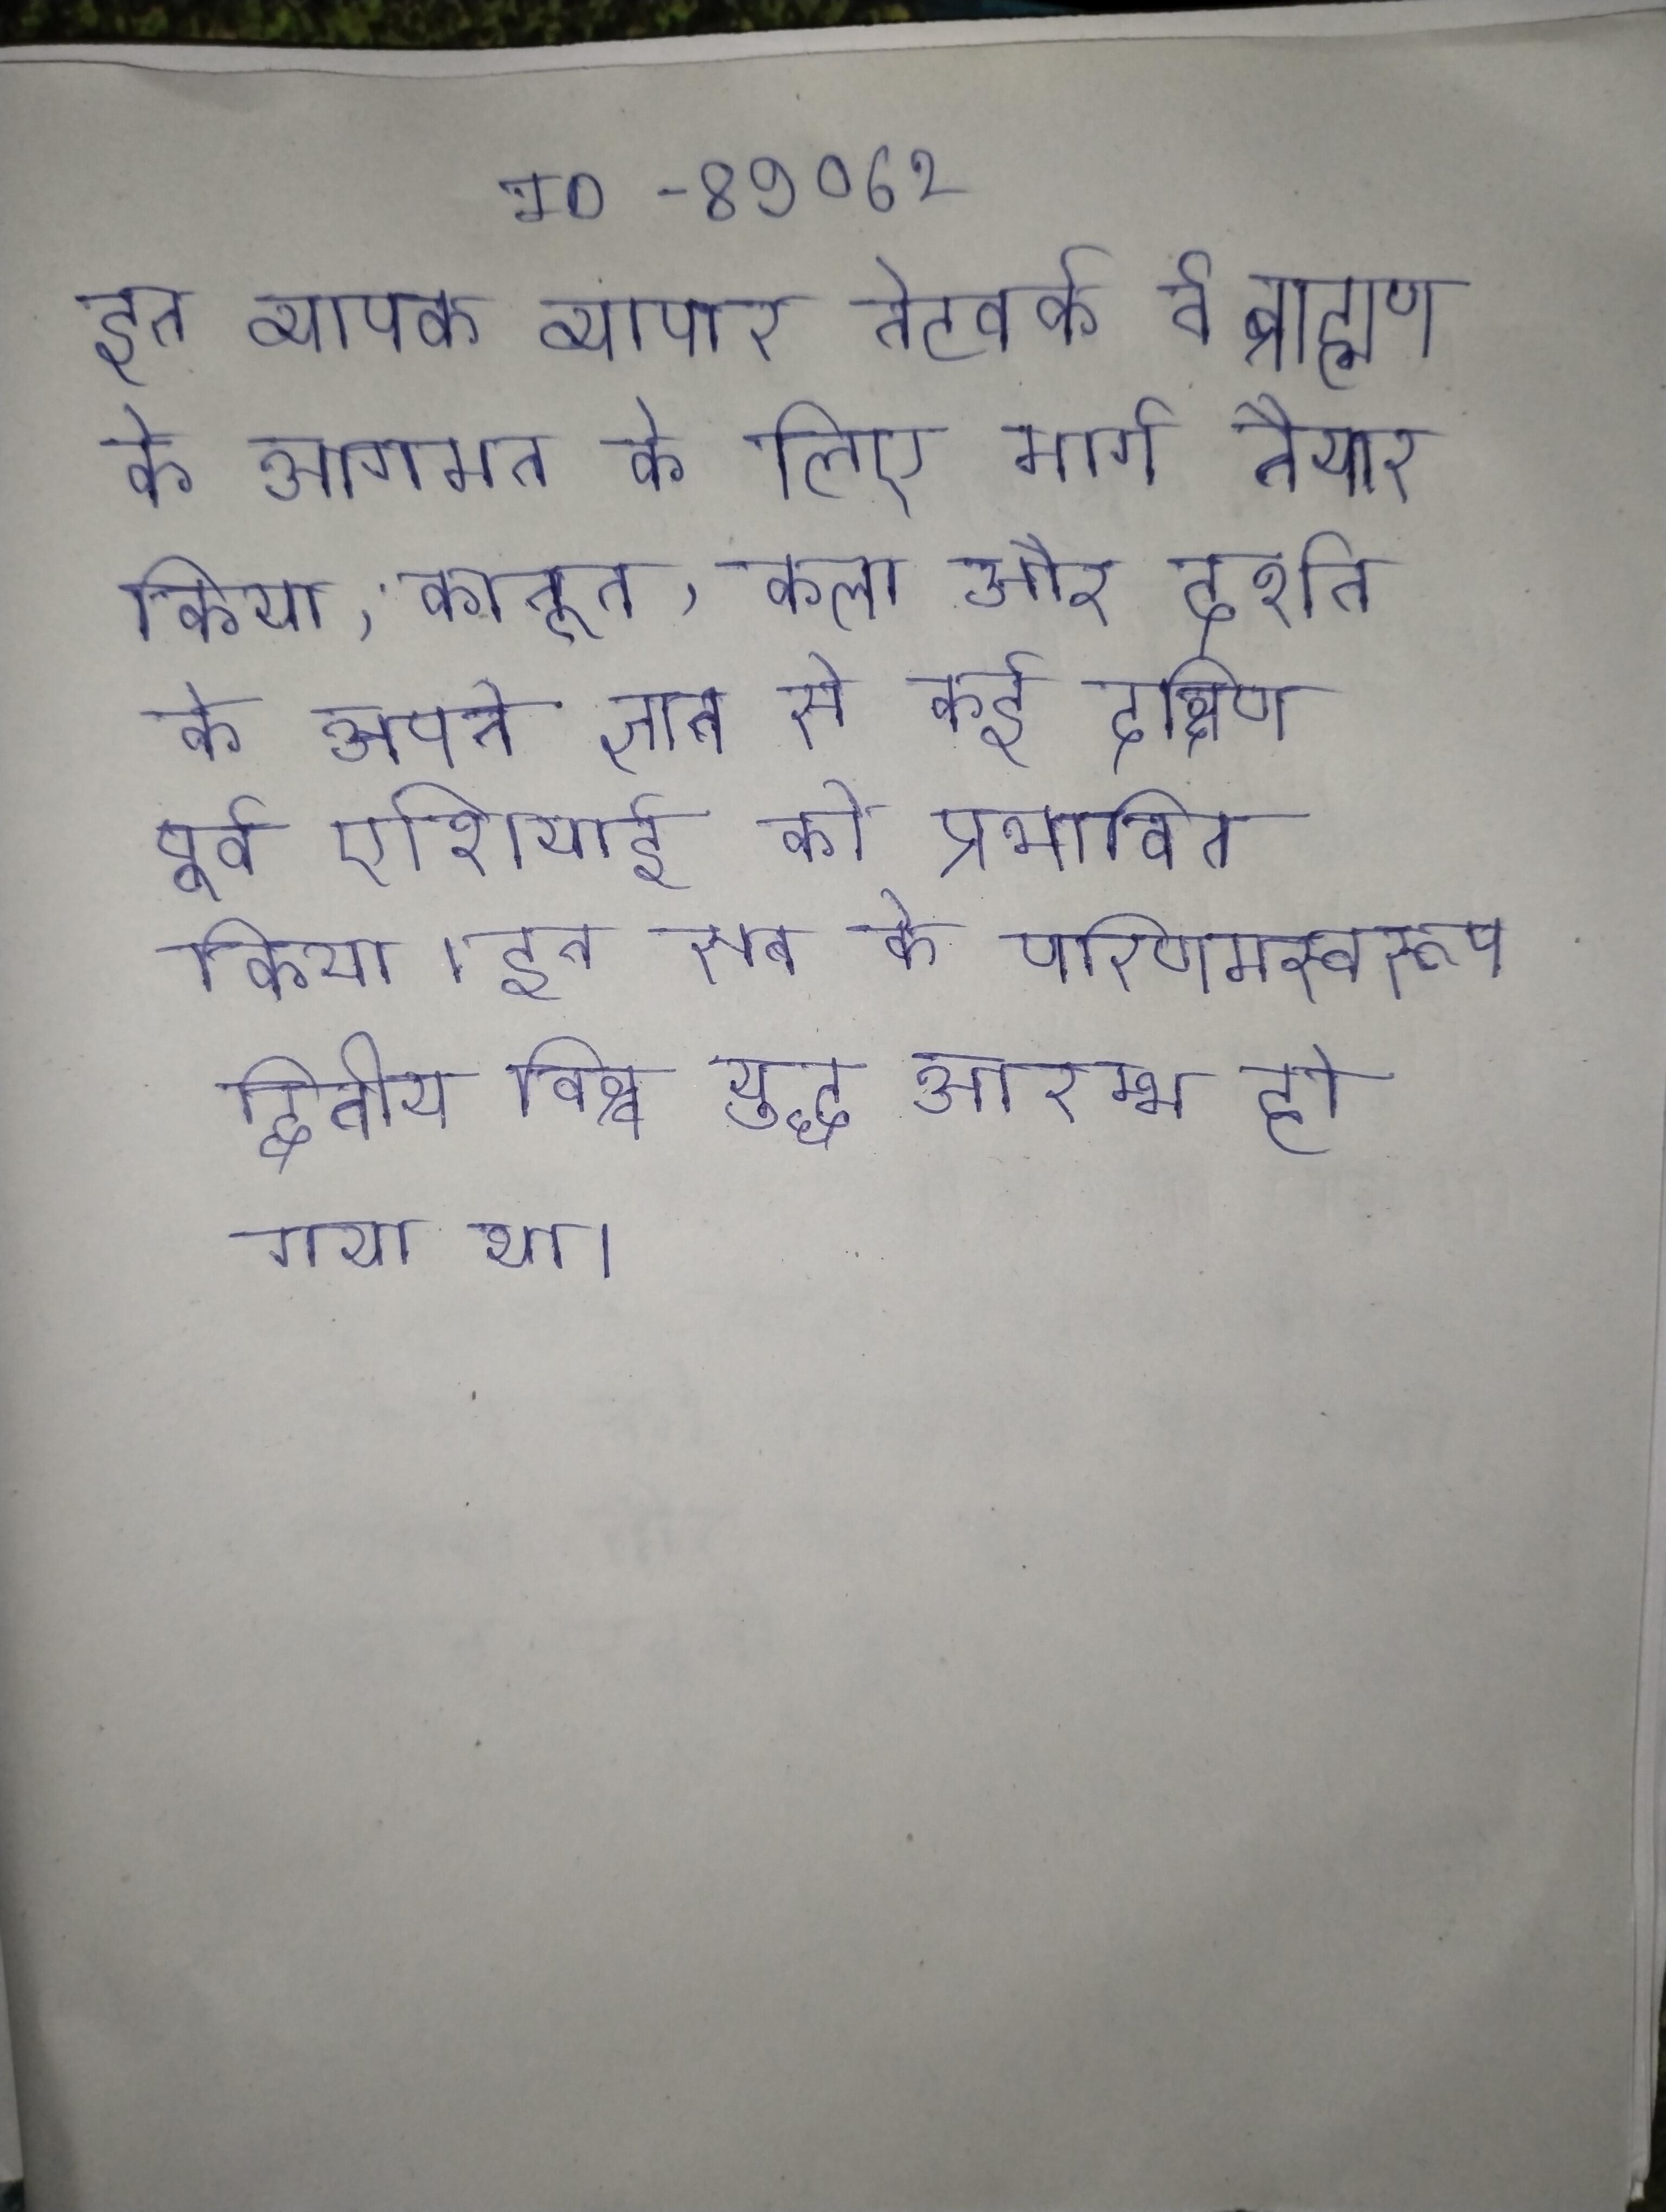
इन व्यापक व्यापार नेटवर्क ने ब्राह्मण के आगमन के लिए मार्ग तैयार किया, कानून, कला और दर्शन के अपने ज्ञान से कई दक्षिण पूर्व एशियाई को प्रभावित किया । इन सब के परिणामस्वरूप द्वितीय विश्व युद्ध आरम्भ हो गया था ।